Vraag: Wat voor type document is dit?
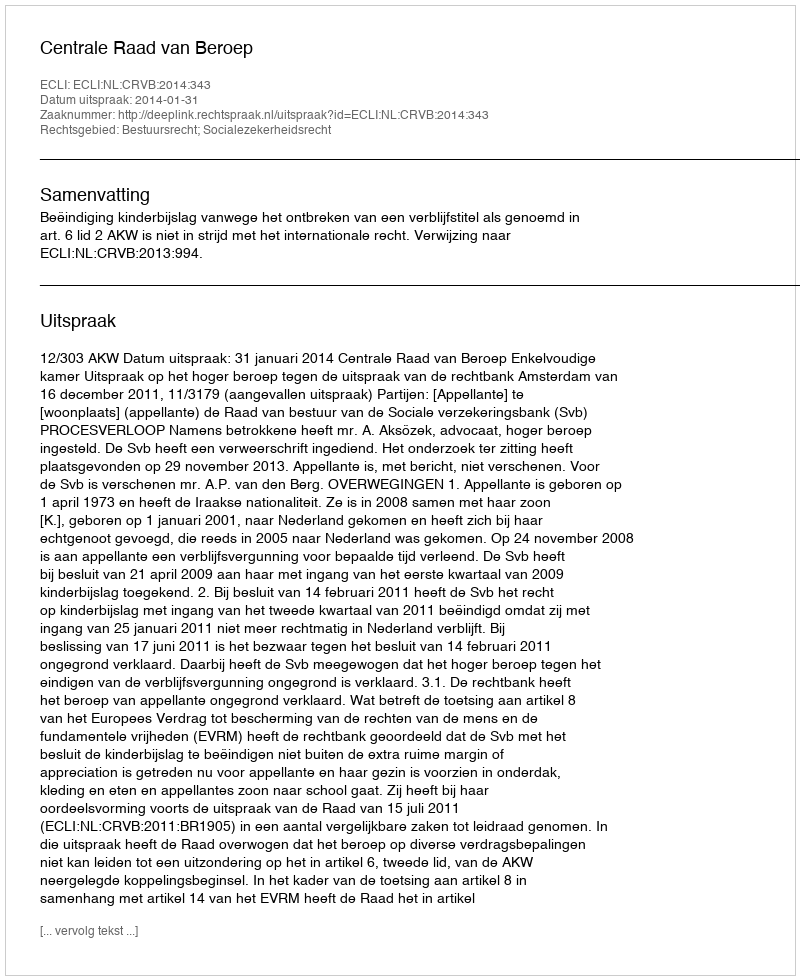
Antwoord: Uitspraak